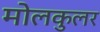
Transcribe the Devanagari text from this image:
मोलकुलर